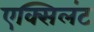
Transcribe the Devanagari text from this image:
एक्सिलंट